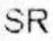
SR